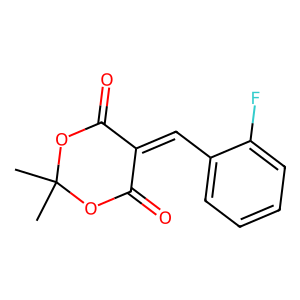
SMILES: CC1(C)OC(=O)C(=Cc2ccccc2F)C(=O)O1
Inhibits HIV replication: No